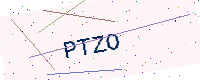
Text: PTZO